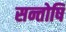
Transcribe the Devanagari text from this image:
सन्तोषि